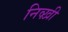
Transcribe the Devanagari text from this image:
निव्ख़ी